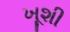
ખૂશી